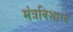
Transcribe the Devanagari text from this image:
मंत्रविशारद